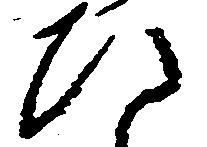
ひ